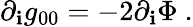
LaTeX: \partial_{\mathbf{i}}g_{00}=-2\partial_{\mathbf{i}}\Phi\ .